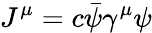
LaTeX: J^{\mu}=c{\bar{\psi}}\gamma^{\mu}\psi